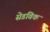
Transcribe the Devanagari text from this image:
सेडविक